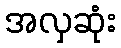
အလှဆုံး